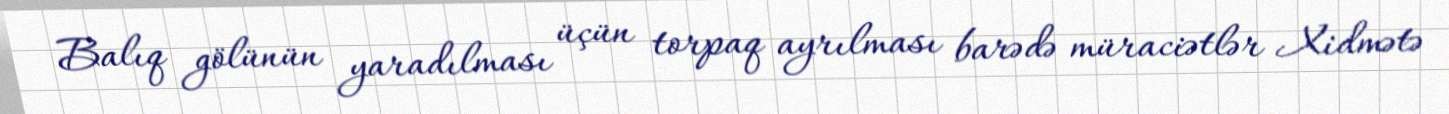
Balıq gölünün yaradılması üçün torpaq ayrılması barədə müraciətlər Xidmətə